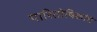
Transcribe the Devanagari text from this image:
पारितोषिकांचे